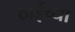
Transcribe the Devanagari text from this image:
ठाईच्या